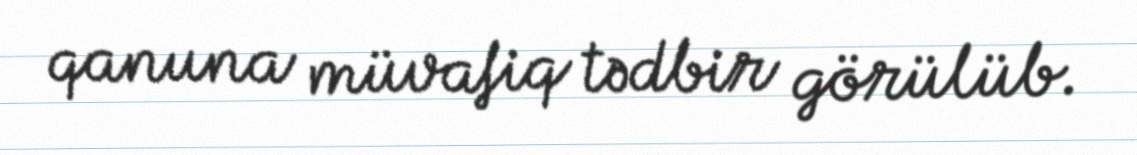
qanuna müvafiq tədbir görülüb.